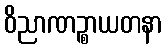
ဝိညာဏဉ္စာယတနာ